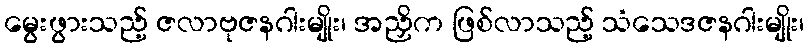
မွေးဖွားသည့် ဇလာဗုဇနဂါးမျိုး၊ အညှိက ဖြစ်လာသည့် သံသေဒဇနဂါးမျိုး၊